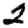
Digit: 2